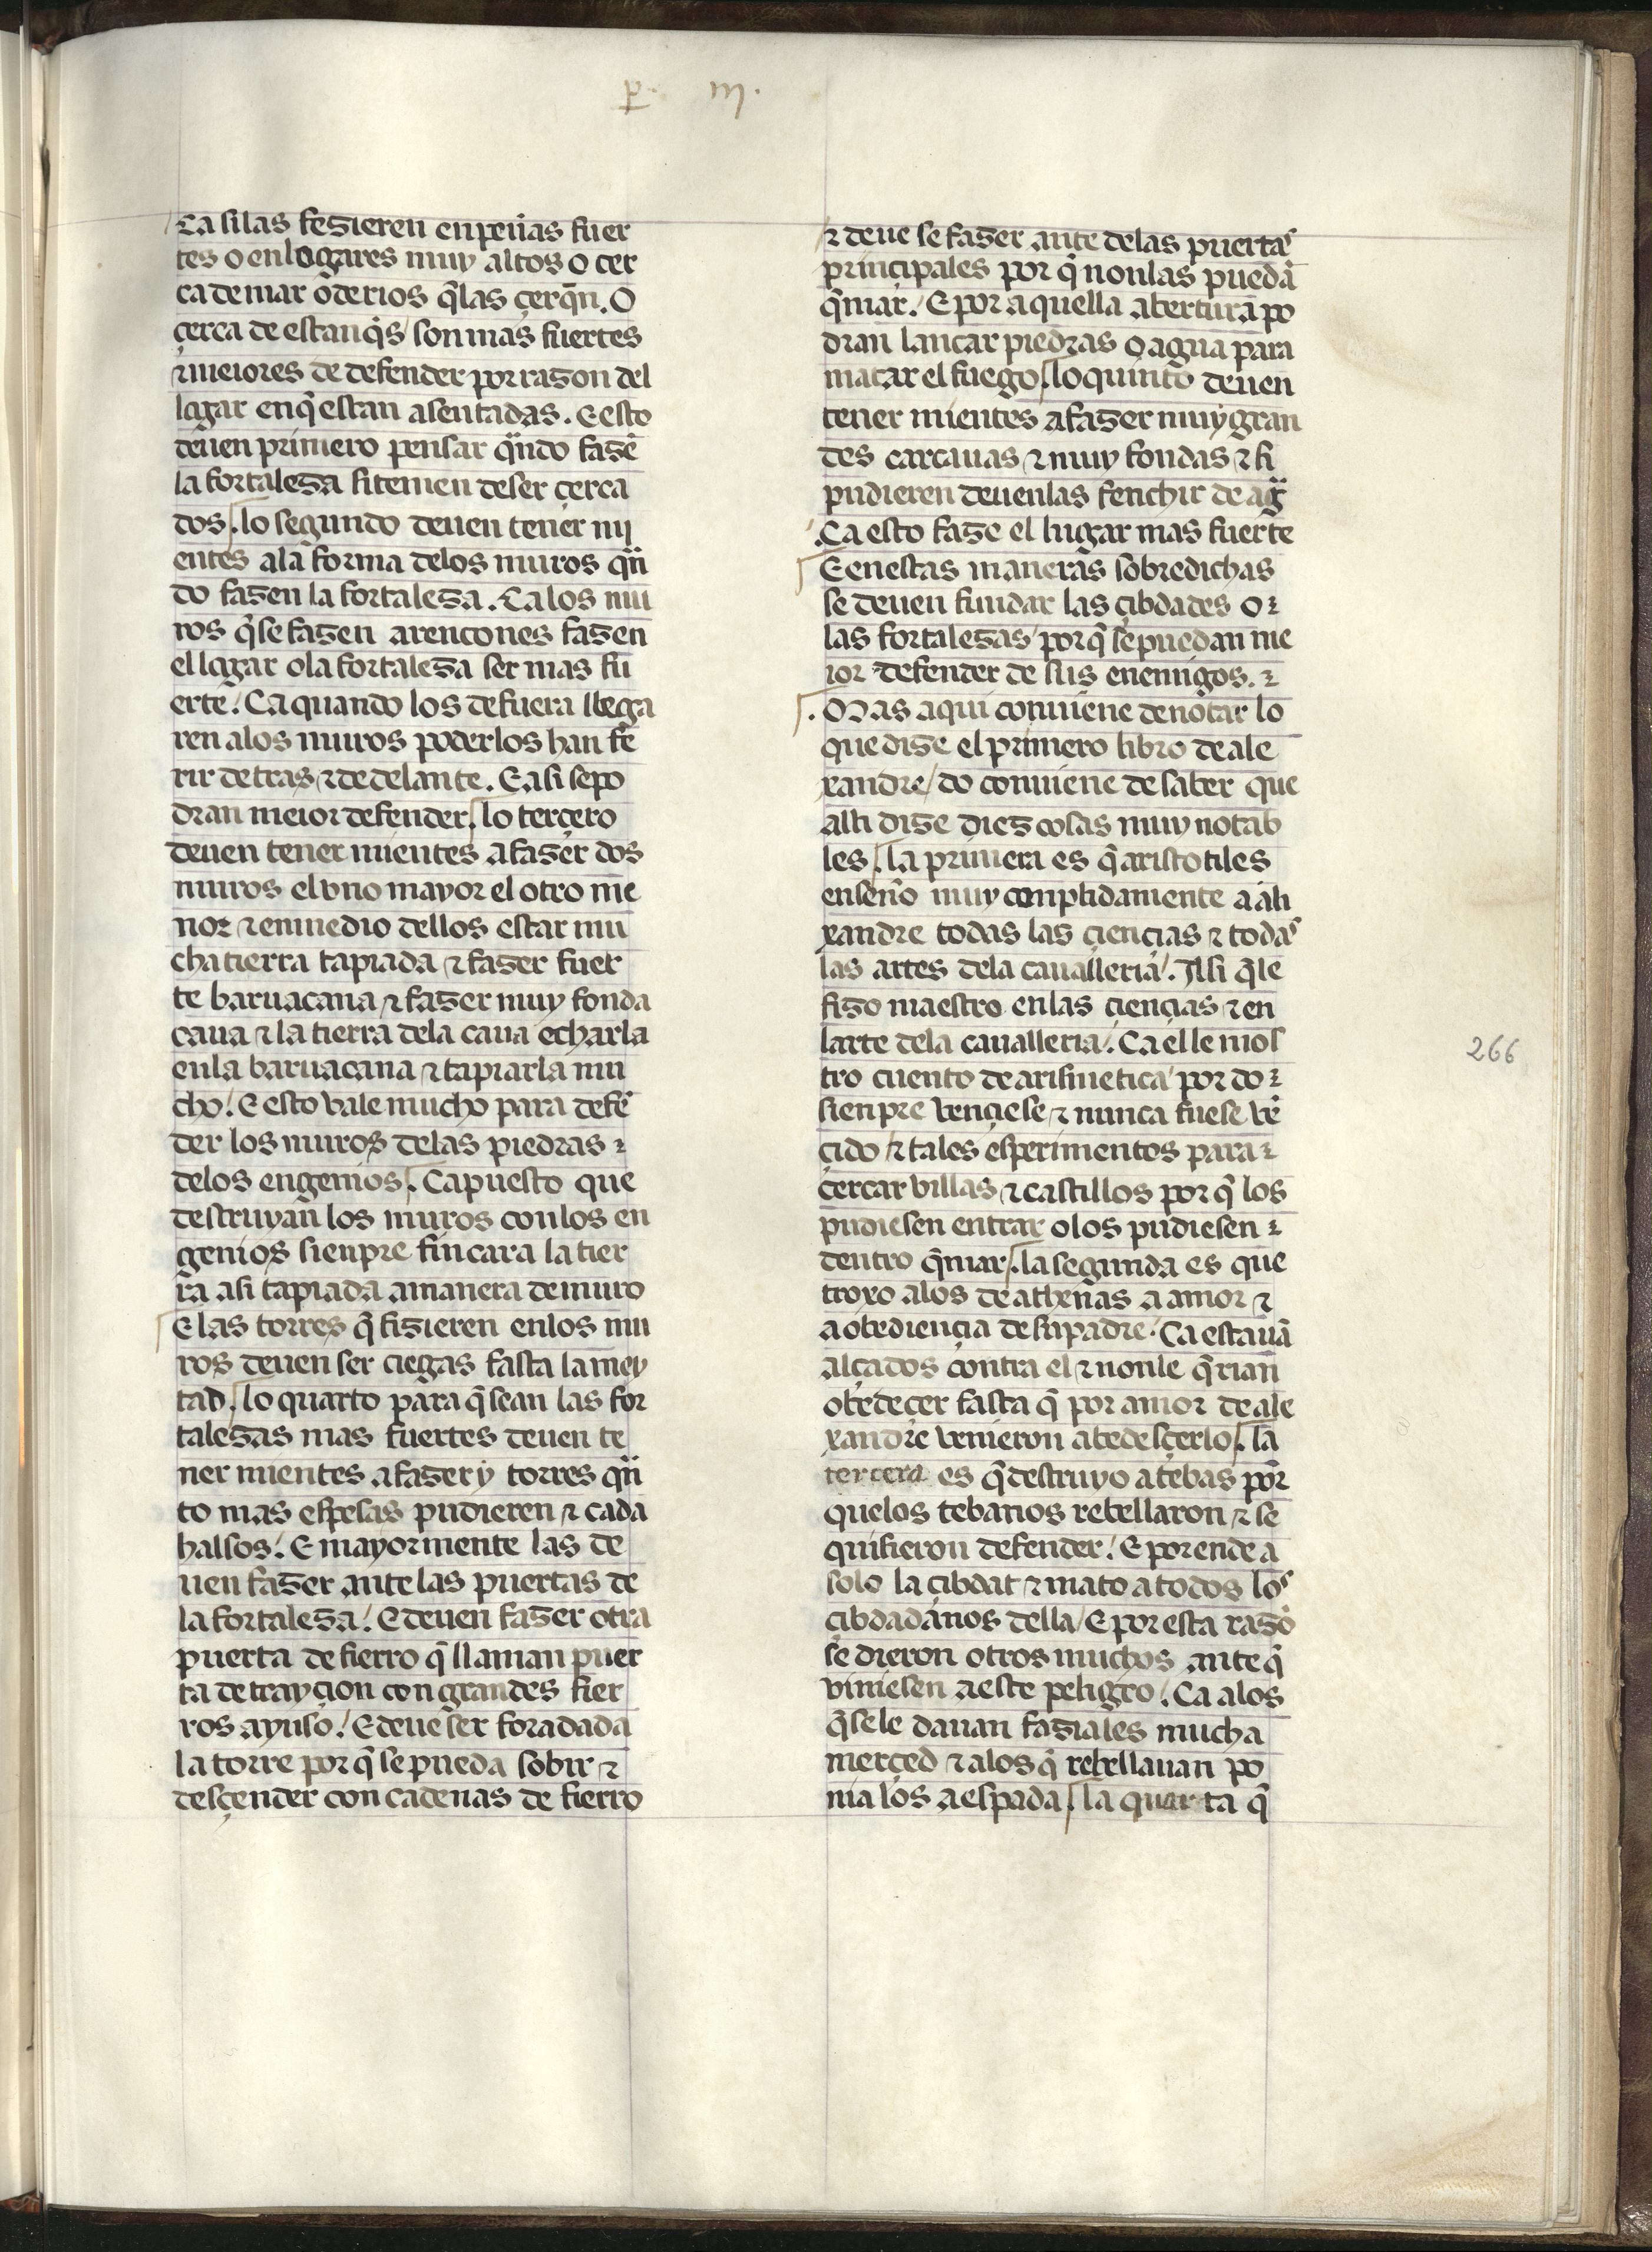
Shelfmark: Madrid, Fundación Lázaro Galdiano, mss 289
Century: 15